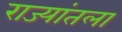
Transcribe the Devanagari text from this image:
राज्यांतला